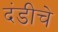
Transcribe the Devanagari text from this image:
दंडीचे